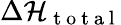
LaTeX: \Delta\mathcal{H}_{\mathrm{~t~o~t~a~l~}}